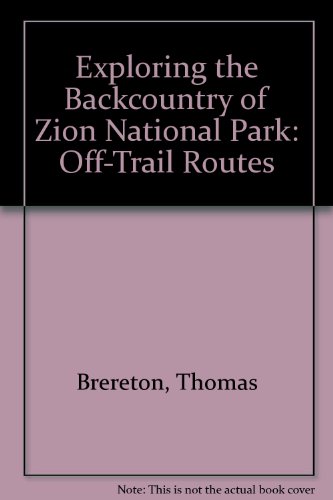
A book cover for Exploring the Backcountry of Zion National Park: Off-Trail Routes; Thomas Brereton; Travel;